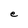
Character: e